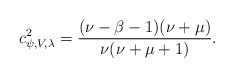
\begin{align*}c^2_{\psi, V,\lambda}=\frac{(\nu-\beta-1)(\nu+\mu)}{\nu(\nu+\mu+1)}.\end{align*}